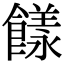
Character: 𩞭